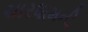
ચારધામની